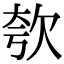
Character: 㰭